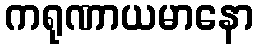
ကရုဏာယမာနော